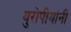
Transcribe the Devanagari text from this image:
युरोपीयांनी